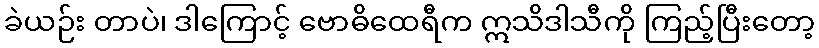
ခဲယဉ်း တာပဲ၊ ဒါကြောင့် ဗောဓိထေရီက ဣသိဒါသီကို ကြည့်ပြီးတော့